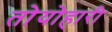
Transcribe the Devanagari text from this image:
तोयोहारी